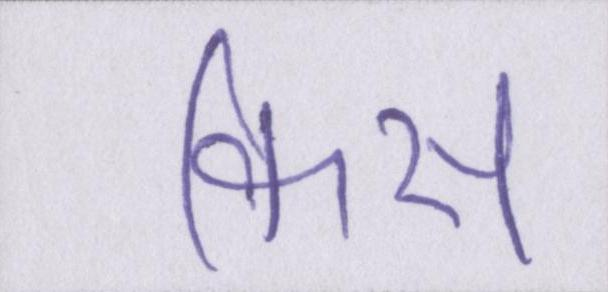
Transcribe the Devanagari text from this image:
किस